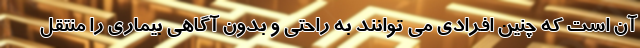
آن است که چنین افرادی می توانند به راحتی و بدون آگاهی بیماری را منتقل